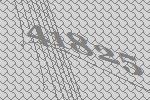
41825